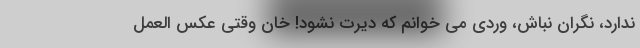
ندارد، نگران نباش، وردی می خوانم که دیرت نشود! خان وقتی عکس العمل